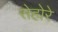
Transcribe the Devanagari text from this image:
सेहोरे